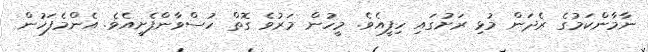
ނާމާންކަމުގެ ރެދަން މުޅި ރަށުގައި ހިފީއެވެ. މީހުން މަރުވެ ގޮތް ހުސްވާންފެށީއެވެ. އެންމެފަހުން